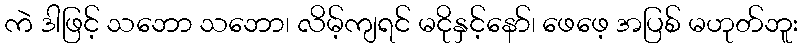
ကဲ ဒါဖြင့် သဘော သဘော၊ လိမ့်ကျရင် မငိုနှင့်နော်၊ ဖေဖေ့ အပြစ် မဟုတ်ဘူး